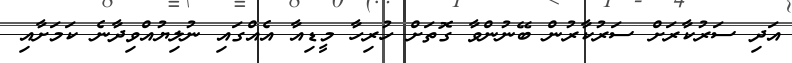
އަދި ސަރުކާރަށް ސަރުކާރުން ބޭނުންވާ ގޮތަށްް ހުރިހާ މީޑިއާ އެއްގައި ނުލިޔުއްވިދާނެ ކަަަމަށާއި